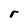
Character: r